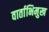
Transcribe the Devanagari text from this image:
वार्ताभिमुख